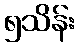
၅သိန်း